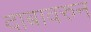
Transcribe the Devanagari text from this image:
दाबावरुन